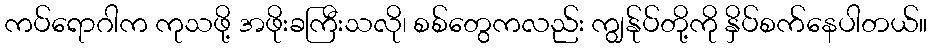
ကပ်ရောဂါက ကုသဖို့ အဖိုးခကြီးသလို၊ စစ်တွေကလည်း ကျွန်ုပ်တို့ကို နှိပ်စက်နေပါတယ်။